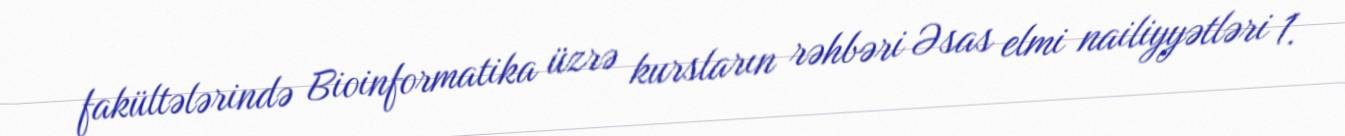
fakültələrində Bioinformatika üzrə kursların rəhbəri Əsas elmi nailiyyətləri 1.